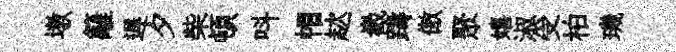
墩籬遅夕柴頓呌帽趑嶻躊傲聚嬉淑受柏璣